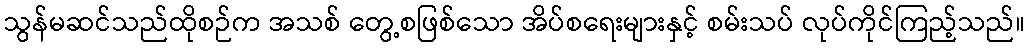
သွန်မဆင်သည်ထိုစဉ်က အသစ် တွေ့စဖြစ်သော အိပ်စရေးများနှင့် စမ်းသပ် လုပ်ကိုင်ကြည့်သည်။